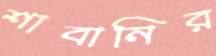
শাবানির